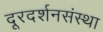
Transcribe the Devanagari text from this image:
दूरदर्शनसंस्था